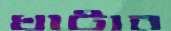
খাটাব